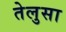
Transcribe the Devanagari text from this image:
तेलुसा